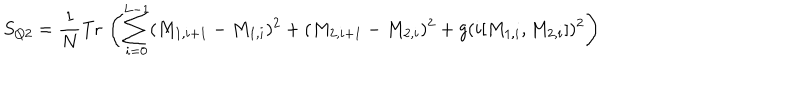
LaTeX: S _ { Q 2 } = \frac { 1 } { N } \mathrm { T r } \, \left( \sum _ { i = 0 } ^ { L - 1 } ( M _ { 1 , i + 1 } - M _ { 1 , i } ) ^ { 2 } + ( M _ { 2 , i + 1 } - M _ { 2 , i } ) ^ { 2 } + g ( i [ M _ { 1 , i } , M _ { 2 , i } ] ) ^ { 2 } \right)